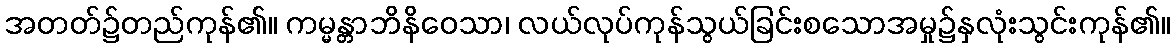
အတတ်၌တည်ကုန်၏။ ကမ္မန္တာဘိနိဝေသာ၊ လယ်လုပ်ကုန်သွယ်ခြင်းစသောအမှု၌နှလုံးသွင်းကုန်၏။